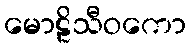
မောဠိသီဝကော